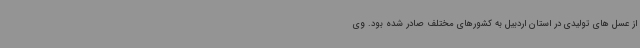
از عسل های تولیدی در استان اردبیل به کشورهای مختلف صادر شده بود. وی